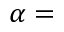
\alpha =